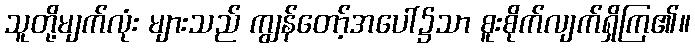
သူတို့မျက်လုံး များသည် ကျွန်တော့်အပေါ်၌သာ စူးစိုက်လျက်ရှိကြ၏။